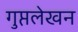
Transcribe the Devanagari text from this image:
गुप्तलेखन